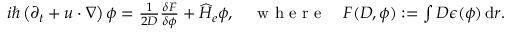
\begin{array} { r } { i \hbar \left( \partial _ { t } + u \cdot \nabla \right) \phi = \frac { 1 } { 2 D } \frac { \delta F } { \delta \phi } + \widehat H _ { e } \phi , \quad \mathrm { ~ w ~ h ~ e ~ r ~ e ~ } \quad F ( D , \phi ) : = \int D \epsilon ( \phi ) \, \mathrm { d } r . } \end{array}